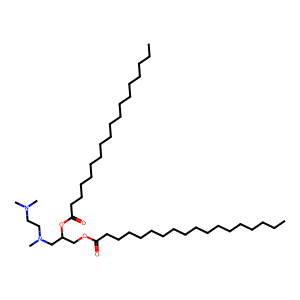
SMILES: CCCCCCCCCCCCCCCCCC(=O)OCC(CN(C)CCN(C)C)OC(=O)CCCCCCCCCCCCCCCCC
Inhibits HIV replication: No